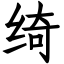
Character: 绮